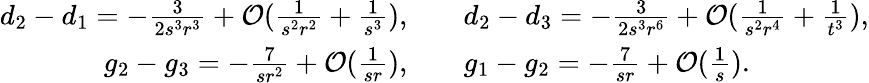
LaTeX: \begin{array}{rl}{d_{2}-d_{1}=-\frac{3}{2s^{3}r^{3}}+\mathcal{O}(\frac{1}{s^{2}r^{2}}+\frac{1}{s^{3}}),\quad}&{d_{2}-d_{3}=-\frac{3}{2s^{3}r^{6}}+\mathcal{O}(\frac{1}{s^{2}r^{4}}+\frac{1}{t^{3}}),}\\ {g_{2}-g_{3}=-\frac{7}{sr^{2}}+\mathcal{O}(\frac{1}{sr}),\quad}&{g_{1}-g_{2}=-\frac{7}{sr}+\mathcal{O}(\frac{1}{s}).}\end{array}